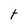
Character: t